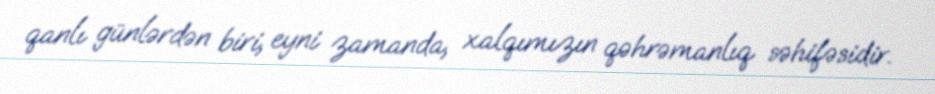
qanlı günlərdən biri, eyni zamanda, xalqımızın qəhrəmanlıq səhifəsidir.